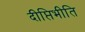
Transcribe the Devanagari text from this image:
दीप्तिभीति